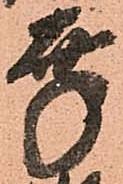
幸